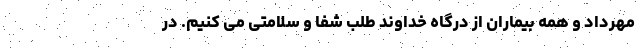
مهرداد و همه بیماران از درگاه خداوند طلب شفا و سلامتی می کنیم. در